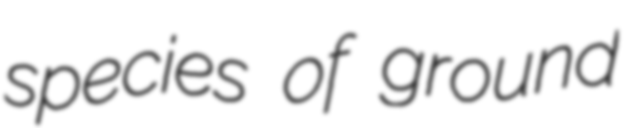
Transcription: species of ground